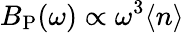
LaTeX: B_{\mathrm{P}}(\omega)\propto\omega^{3}\langle n\rangle